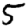
Digit: 5